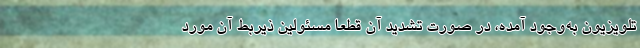
تلویزیون به‌وجود آمده، در صورت تشدید آن قطعاً مسئولین ذیربط آن مورد